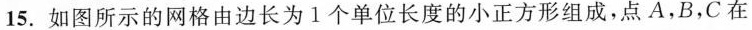
15.如图所示的网格由边长为1个单位长度的小正方形组成，点A，B，C在